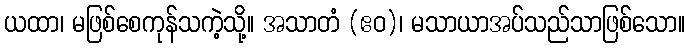
ယထာ၊ မဖြစ်စေကုန်သကဲ့သို့။ အသာတံ (ဧဝ)၊ မသာယာအပ်သည်သာဖြစ်သော။